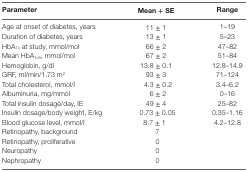
| Parameter | Mean + SE | Range |
 | --- | --- | --- |
 | Age at onset of diabetes, years | 11 ± 1 | 1–19 |
 | Duration of diabetes, years | 13 ± 1 | 5–23 |
 | HbA1c at study, mmol/mol | 66 ± 2 | 47–82 |
 | Mean HbA1c5, mmol/mol | 67 ± 2 | 51–84 |
 | Hemoglobin, g/dl | 13.8 ± 0.1 | 12.8–14.9 |
 | GRF, ml/min/1.73 m2 | 93 ± 3 | 71–124 |
 | Total cholesterol, mmol/l | 4.3 ± 0.2 | 3.4–6.2 |
 | Albuminuria, mg/mmol | 6 ± 2 | 0–16 |
 | Total insulin dosage/day, IE | 49 ± 4 | 25–82 |
 | Insulin dosage/body weight, E/kg | 0.73 ± 0.05 | 0.35–1.16 |
 | Blood glucose level, mmol/l | 8.7 ± 1 | 4.2–12.8 |
 | Retinopathy, background | 7 |  |
 | Retinopathy, proliferative | 0 |  |
 | Neuropathy | 0 |  |
 | Nephropathy | 0 |  |